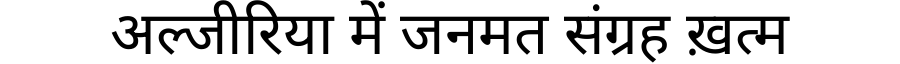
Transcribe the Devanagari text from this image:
अल्जीरिया में जनमत संग्रह ख़त्म